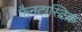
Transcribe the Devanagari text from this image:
फैनटास्टिक